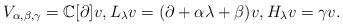
LaTeX: \begin{align*}V_{\alpha,\beta, \gamma}=\mathbb{C}[\partial]v,L_\lambda v=(\partial+\alpha\lambda+\beta)v, H_\lambda v=\gamma v. \end{align*}